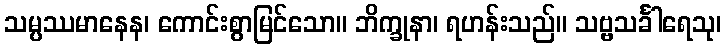
သမ္ပဿမာနေန၊ ကောင်းစွာမြင်သော။ ဘိက္ခုနာ၊ ရဟန်းသည်။ သဗ္ဗသင်္ခါရေသု၊